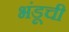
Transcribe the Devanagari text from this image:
भंडूची